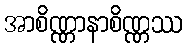
အာစိဏ္ဏာနာစိဏ္ဏဿ